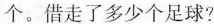
个。借走了多少个足球?